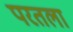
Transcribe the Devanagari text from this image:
परतला